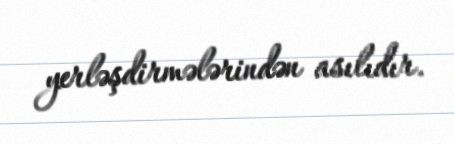
yerləşdirmələrindən asılıdır.